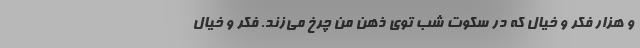
و هزار فکر و خیال که در سکوت شب توی ذهن من چرخ می‌زند. فکر و خیال